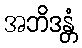
အဘိဒန္တံ